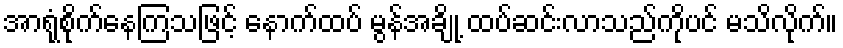
အာရုံစိုက်နေကြသဖြင့် နောက်ထပ် မွန်အချို့ ထပ်ဆင်းလာသည်ကိုပင် မသိလိုက်။